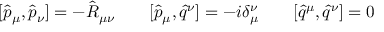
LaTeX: [ \hat { p } _ { \mu } , \hat { p } _ { \nu } ] = - \hat { R } _ { \mu \nu } \qquad [ \hat { p } _ { \mu } , \hat { q } ^ { \nu } ] = - i \delta _ { \mu } ^ { \nu } \qquad [ \hat { q } ^ { \mu } , \hat { q } ^ { \nu } ] = 0